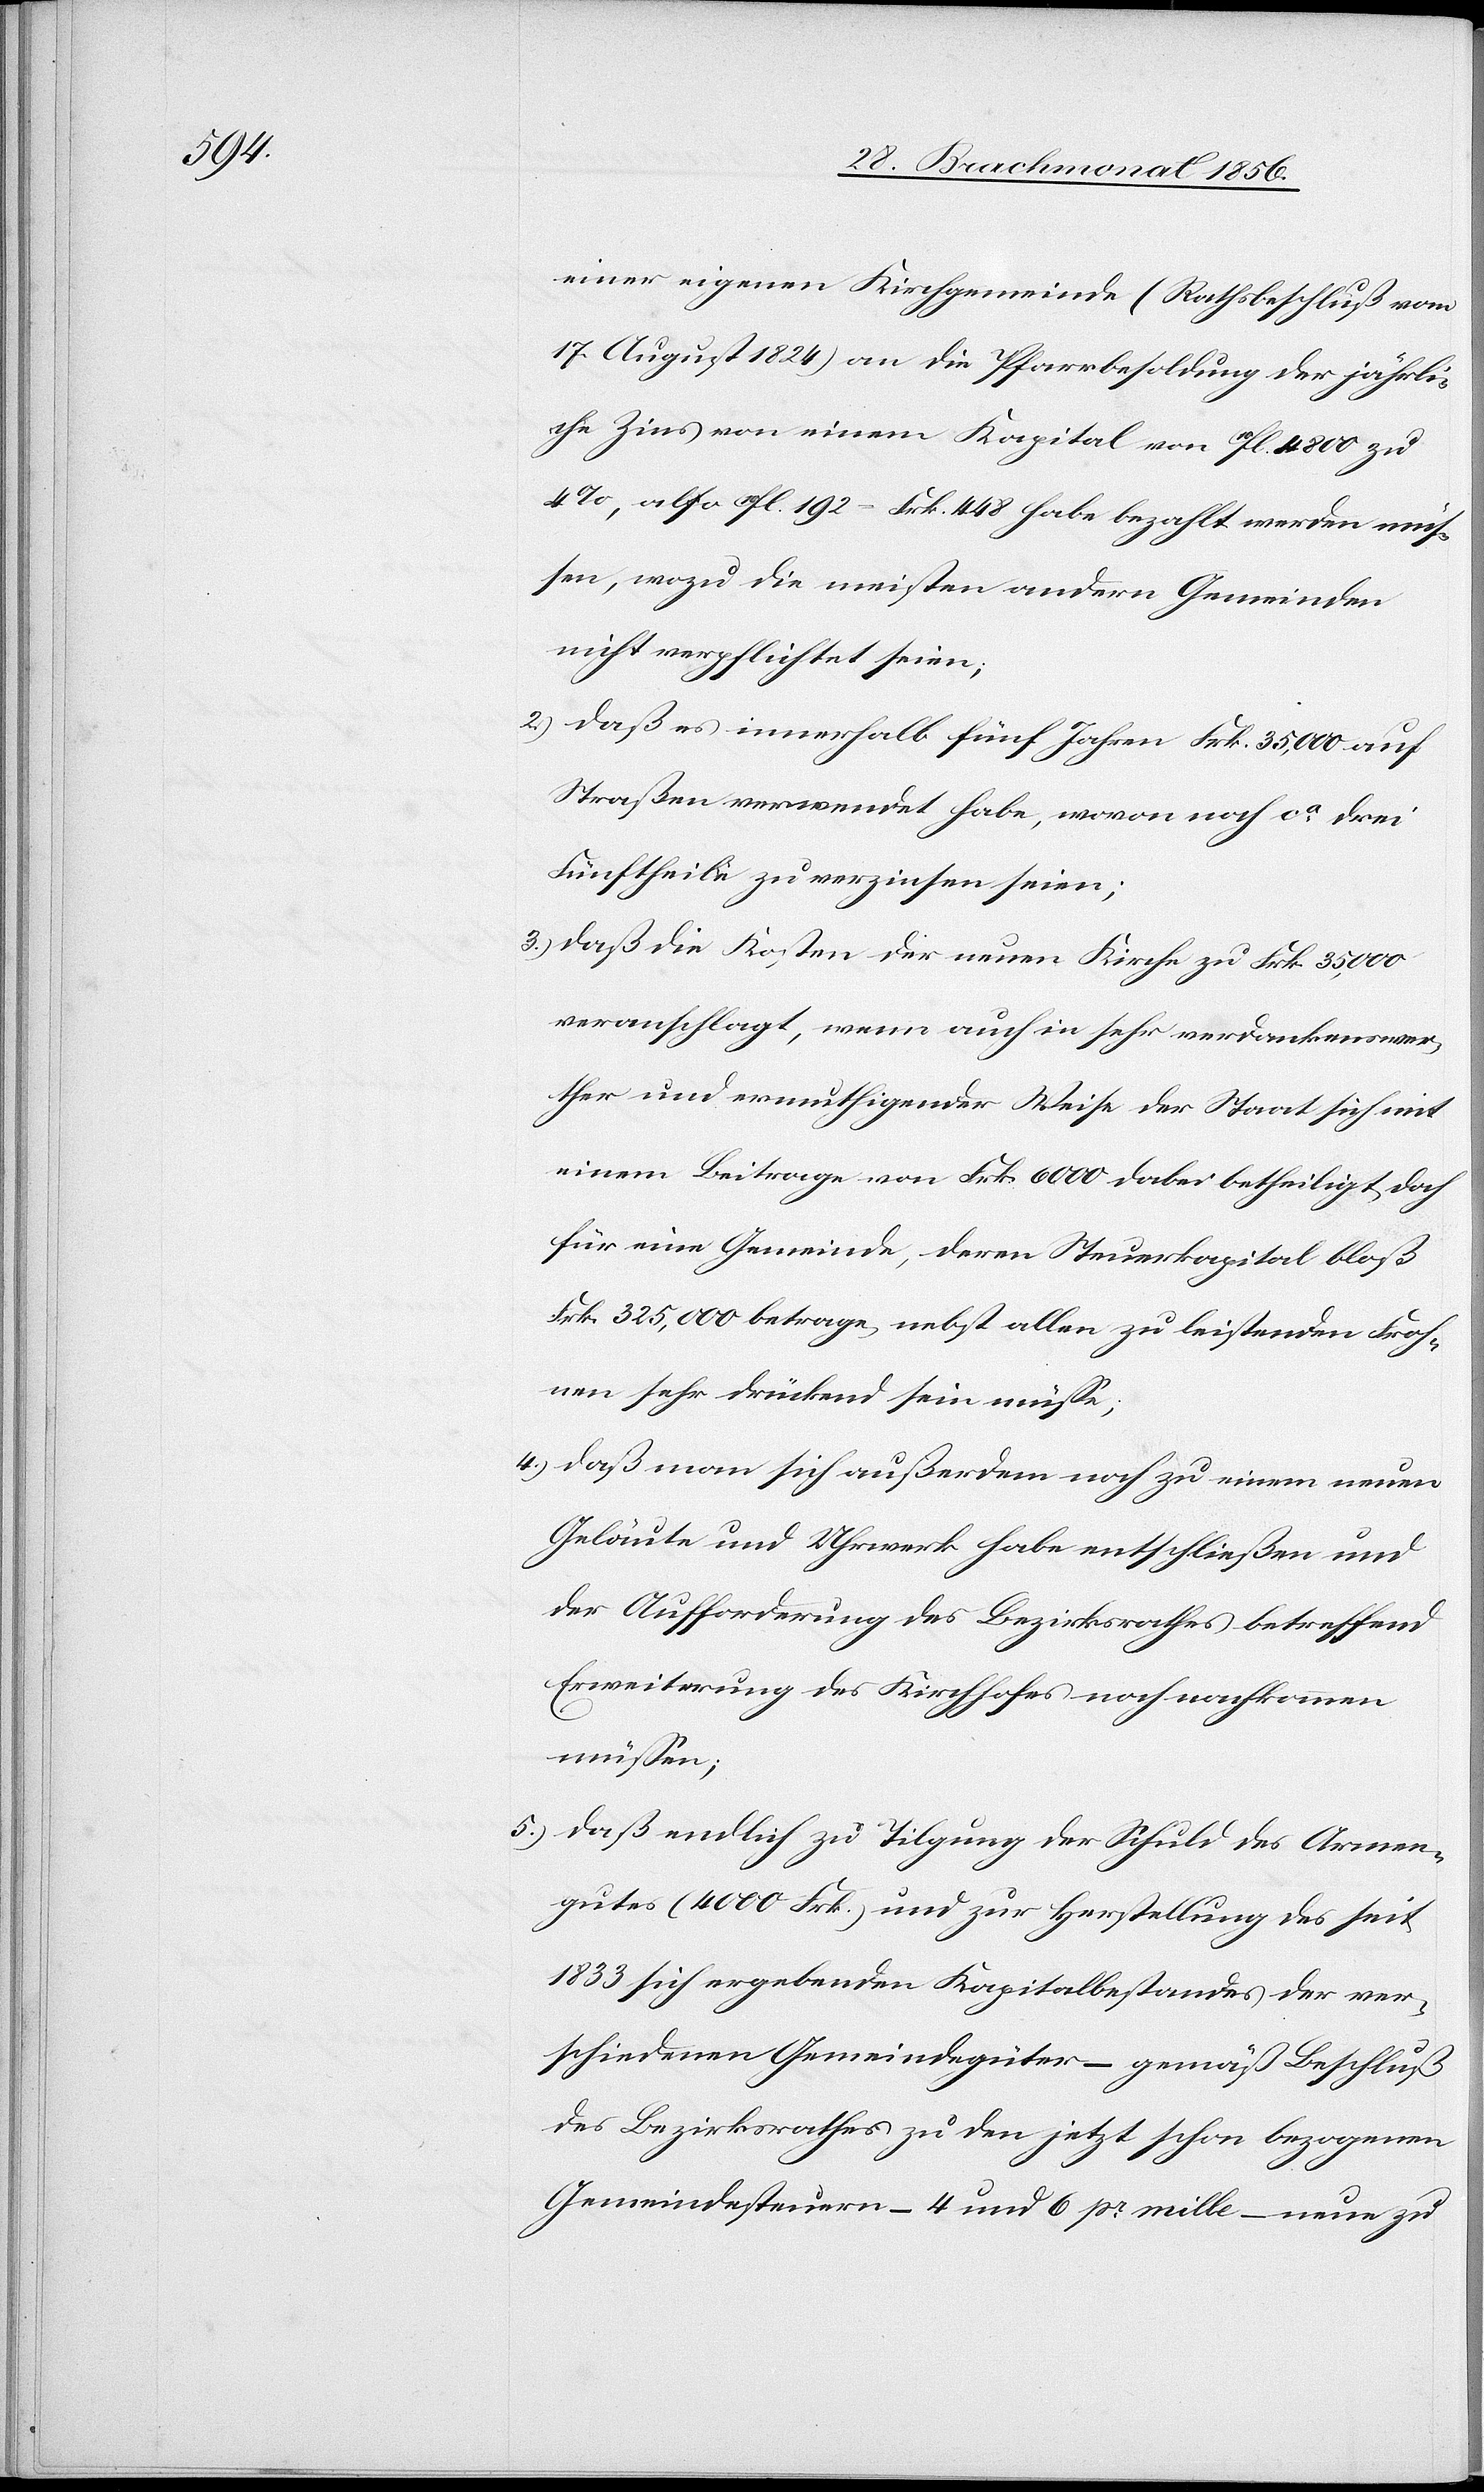
einer eigenen Kirchgemeinde (Rathsbeschluß vom
17. August 1824) an die Pfarrbesoldung der jährli¬
che Zins von einem Kapital von 10fl. 4800 zu
4%, also 10fl. 192 = Frk. 448 habe bezahlt werden müs¬
sen, wozu die meisten andern Gemeinden
nicht verpflichtet seien;
2.) daß es innerhalb fünf Jahren Frk. 35,000 auf
Straßen verwendet habe, wovon noch ca drei
Fünftheile zu verzinsen seien;
3.) daß die Kosten der neuen Kirche zu Frk. 35,000
veranschlagt, wenn auch in sehr verdankenswer¬
ther und ermuthigender Weise der Staat sich mit
einem Beitrage von Frk. 6000 dabei betheiligt, doch
für eine Gemeinde, deren Steuerkapital bloß
Frk. 325,000 betrage, nebst allen zu leistenden Froh¬
nen sehr drückend sein müsse;
4.) daß man sich außerdem noch zu einem neuen
Geläute und Uhrwerk habe entschließen und
der Aufforderung des Bezirksrathes betreffend
Erweiterung des Kirchhofes noch nachkommen
müssen;
5.) daß endlich zu Tilgung der Schuld des Armen¬
gutes (4000 Frk.) und zur Herstellung des seit
1833 sich ergebenden Kapitalbestandes der ver¬
schiedenen Gemeindegüter – gemäß Beschluß
des Bezirksrathes zu den jetzt schon bezogenen
Gemeindesteuern – 4 und 6 pr mille – neue zu